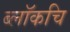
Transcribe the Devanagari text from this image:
ब्लॉकचि